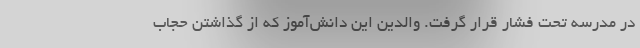
در مدرسه تحت فشار قرار گرفت. والدین این دانش‌آموز که از گذاشتن حجاب